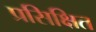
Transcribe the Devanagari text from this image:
प्रसिक्षित